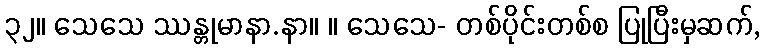
၃၂။ သေသေ ဿန္တုမာနာ.နာ။ ။ သေသေ- တစ်ပိုင်းတစ်စ ပြုပြီးမှဆက်,